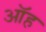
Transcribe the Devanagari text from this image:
ऑह